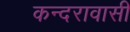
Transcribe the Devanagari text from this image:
कन्दरावासी